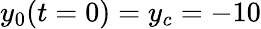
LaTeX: y_{0}(t=0)=y_{c}=-10